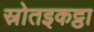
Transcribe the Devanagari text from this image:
स्रोतइकट्ठा